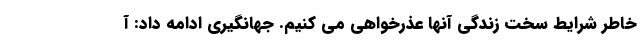
خاطر شرایط سخت زندگی آنها عذرخواهی می کنیم. جهانگیری ادامه داد: آ